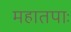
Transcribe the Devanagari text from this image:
महातपाः